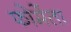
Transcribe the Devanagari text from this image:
फोमेंता